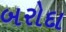
બરોદા